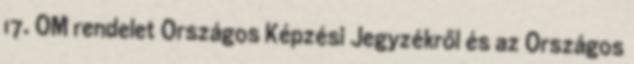
17. OM rendelet Országos Képzési Jegyzékről és az Országos